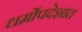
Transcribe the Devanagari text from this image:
धर्मोपदेशात